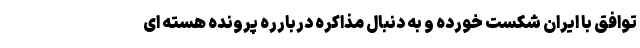
توافق با ایران شکست خورده و به دنبال مذاکره دربارره پرونده هسته ای